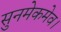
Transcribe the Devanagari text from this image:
सुनमेकमेव।